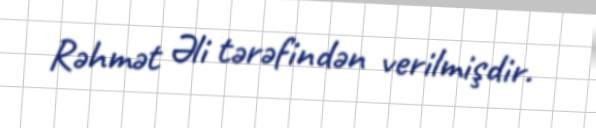
Rəhmət Əli tərəfindən verilmişdir.